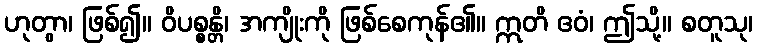
ဟုတွာ၊ ဖြစ်၍။ ဝိပစ္စန္တိ၊ အကျိုးကို ဖြစ်စေကုန်၏။ ဣတိ ဧဝံ၊ ဤသို့။ စတူသု၊